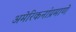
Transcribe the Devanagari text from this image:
अमेरिकनांप्रमाणे